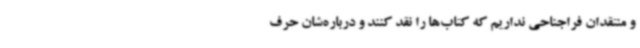
و منتقدان فراجناحی نداریم که کتاب‌ها را نقد کنند و درباره‌شان حرف